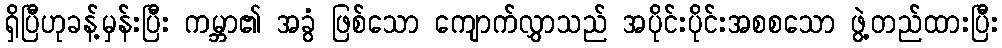
ရှိပြီဟုခန့်မှန်းပြီး ကမ္ဘာ၏ အခွံ ဖြစ်သော ကျောက်လွှာသည် အပိုင်းပိုင်းအစစသော ဖွဲ့တည်ထားပြီး